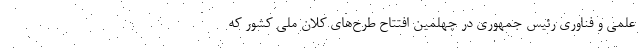
علمی و فناوری رئیس جمهوری در چهلمین افتتاح طرح‌های کلان ملی کشور که